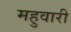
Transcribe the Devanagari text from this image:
महुवारी